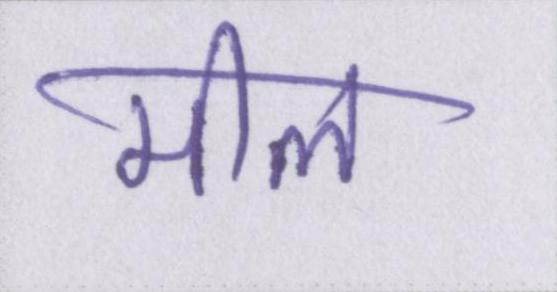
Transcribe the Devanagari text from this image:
मील